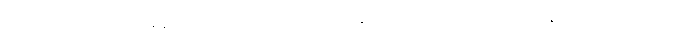
ကျလာမယ်ဆိုရင် တချိန်မှာ လက်တွေ့ အသုံးဝင်လာနိုင်တယ်လို့ ပါမောက္ခ ရိုက်စနာက ပြောပါတယ်။